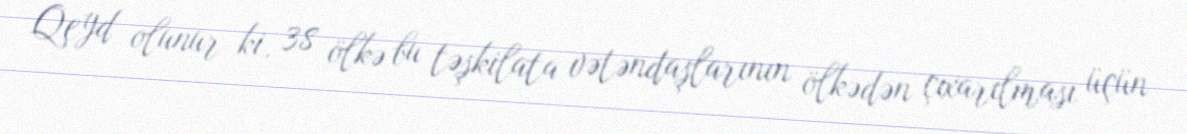
Qeyd olunur ki, 38 ölkə bu təşkilata vətəndaşlarının ölkədən çıxarılması üçün